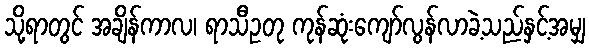
သို့ရာတွင် အချိန်ကာလ၊ ရာသီဥတု ကုန်ဆုံးကျော်လွန်လာခဲ့သည်နှင့်အမျှ